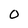
Character: 0